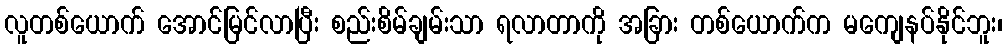
လူတစ်ယောက် အောင်မြင်လာပြီး စည်းစိမ်ချမ်းသာ ရလာတာကို အခြား တစ်ယောက်က မကျေနပ်နိုင်ဘူး၊